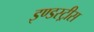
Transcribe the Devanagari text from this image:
इण्डस्ट्रीस